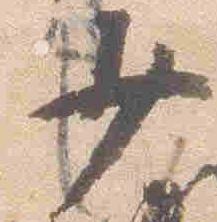
少